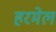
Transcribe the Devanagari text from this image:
हरमेल